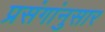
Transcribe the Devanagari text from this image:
प्रसंगांनुसार